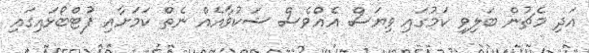
އަދި މެޗުން ބަލިވި ކަމުގައި ވިޔަސް އެއްވެސް ޝަކުވާއެއް ނެތް ކަމަށާއި ފުޓްބޯޅައިގައި